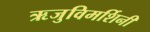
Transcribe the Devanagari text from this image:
ऋजुविमर्शिनी